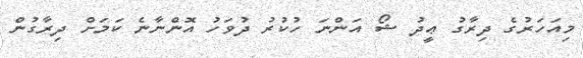
މިއަހަރުގެ ދިރާގު ޢީދު ޝޯ އަންނަ ހުކުރު ދުވަހު އޮންނާނެ ކަމަށް ދިރާގުން